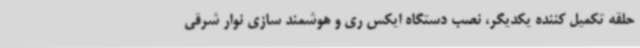
حلقه تکمیل کننده یکدیگر، نصب دستگاه ایکس ری و هوشمند سازی نوار شرقی